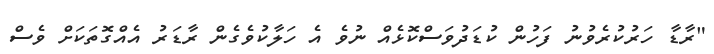
"ރާޑާ ހަރުކުރެވުނު ފަހުން ކުޑަދުވަސްކޮޅެއް ނުވެ އެ ހަލާކުވެގެން ރާޑަރު އެއްގޮތަކަށް ވެސް